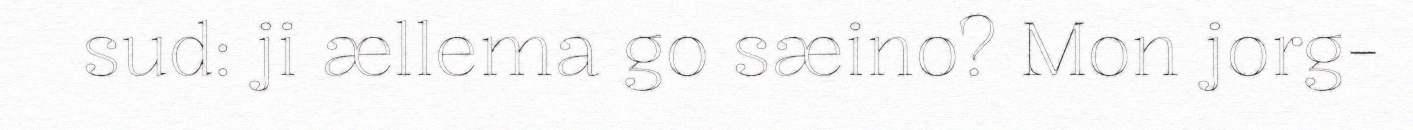
sud: ji ællema go sæino? Mon jorg-